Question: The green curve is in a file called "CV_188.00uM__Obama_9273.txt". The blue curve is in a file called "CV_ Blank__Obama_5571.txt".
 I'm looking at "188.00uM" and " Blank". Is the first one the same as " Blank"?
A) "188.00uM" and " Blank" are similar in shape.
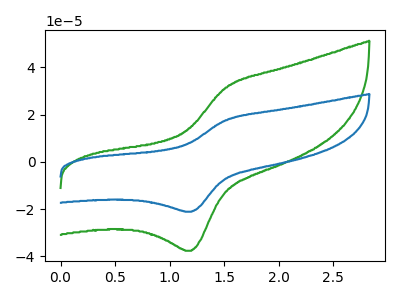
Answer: <think>The green curve "188.00uM" has an anodic peak at (1.50V, 31.45uA) and a cathodic peak at (1.20V, -37.60uA). The blue curve " Blank" has an anodic peak at (1.50V, 17.60uA) and a cathodic peak at (1.20V, -21.05uA).
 All the peaks in "188.00uM" have a peak in " Blank" at the same potential. Every peak in "188.00uM" is higher than every peak in " Blank".</think>
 <answer>A) "188.00uM" and " Blank" are similar in shape.</answer>
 <eval>A</eval>